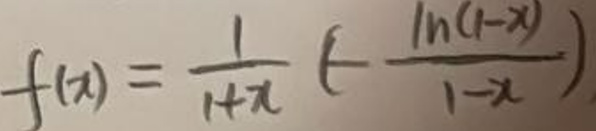
\[
f(x)=\frac{1}{1 + x}\left(-\frac{\ln(1 - x)}{1 - x}\right)
\]